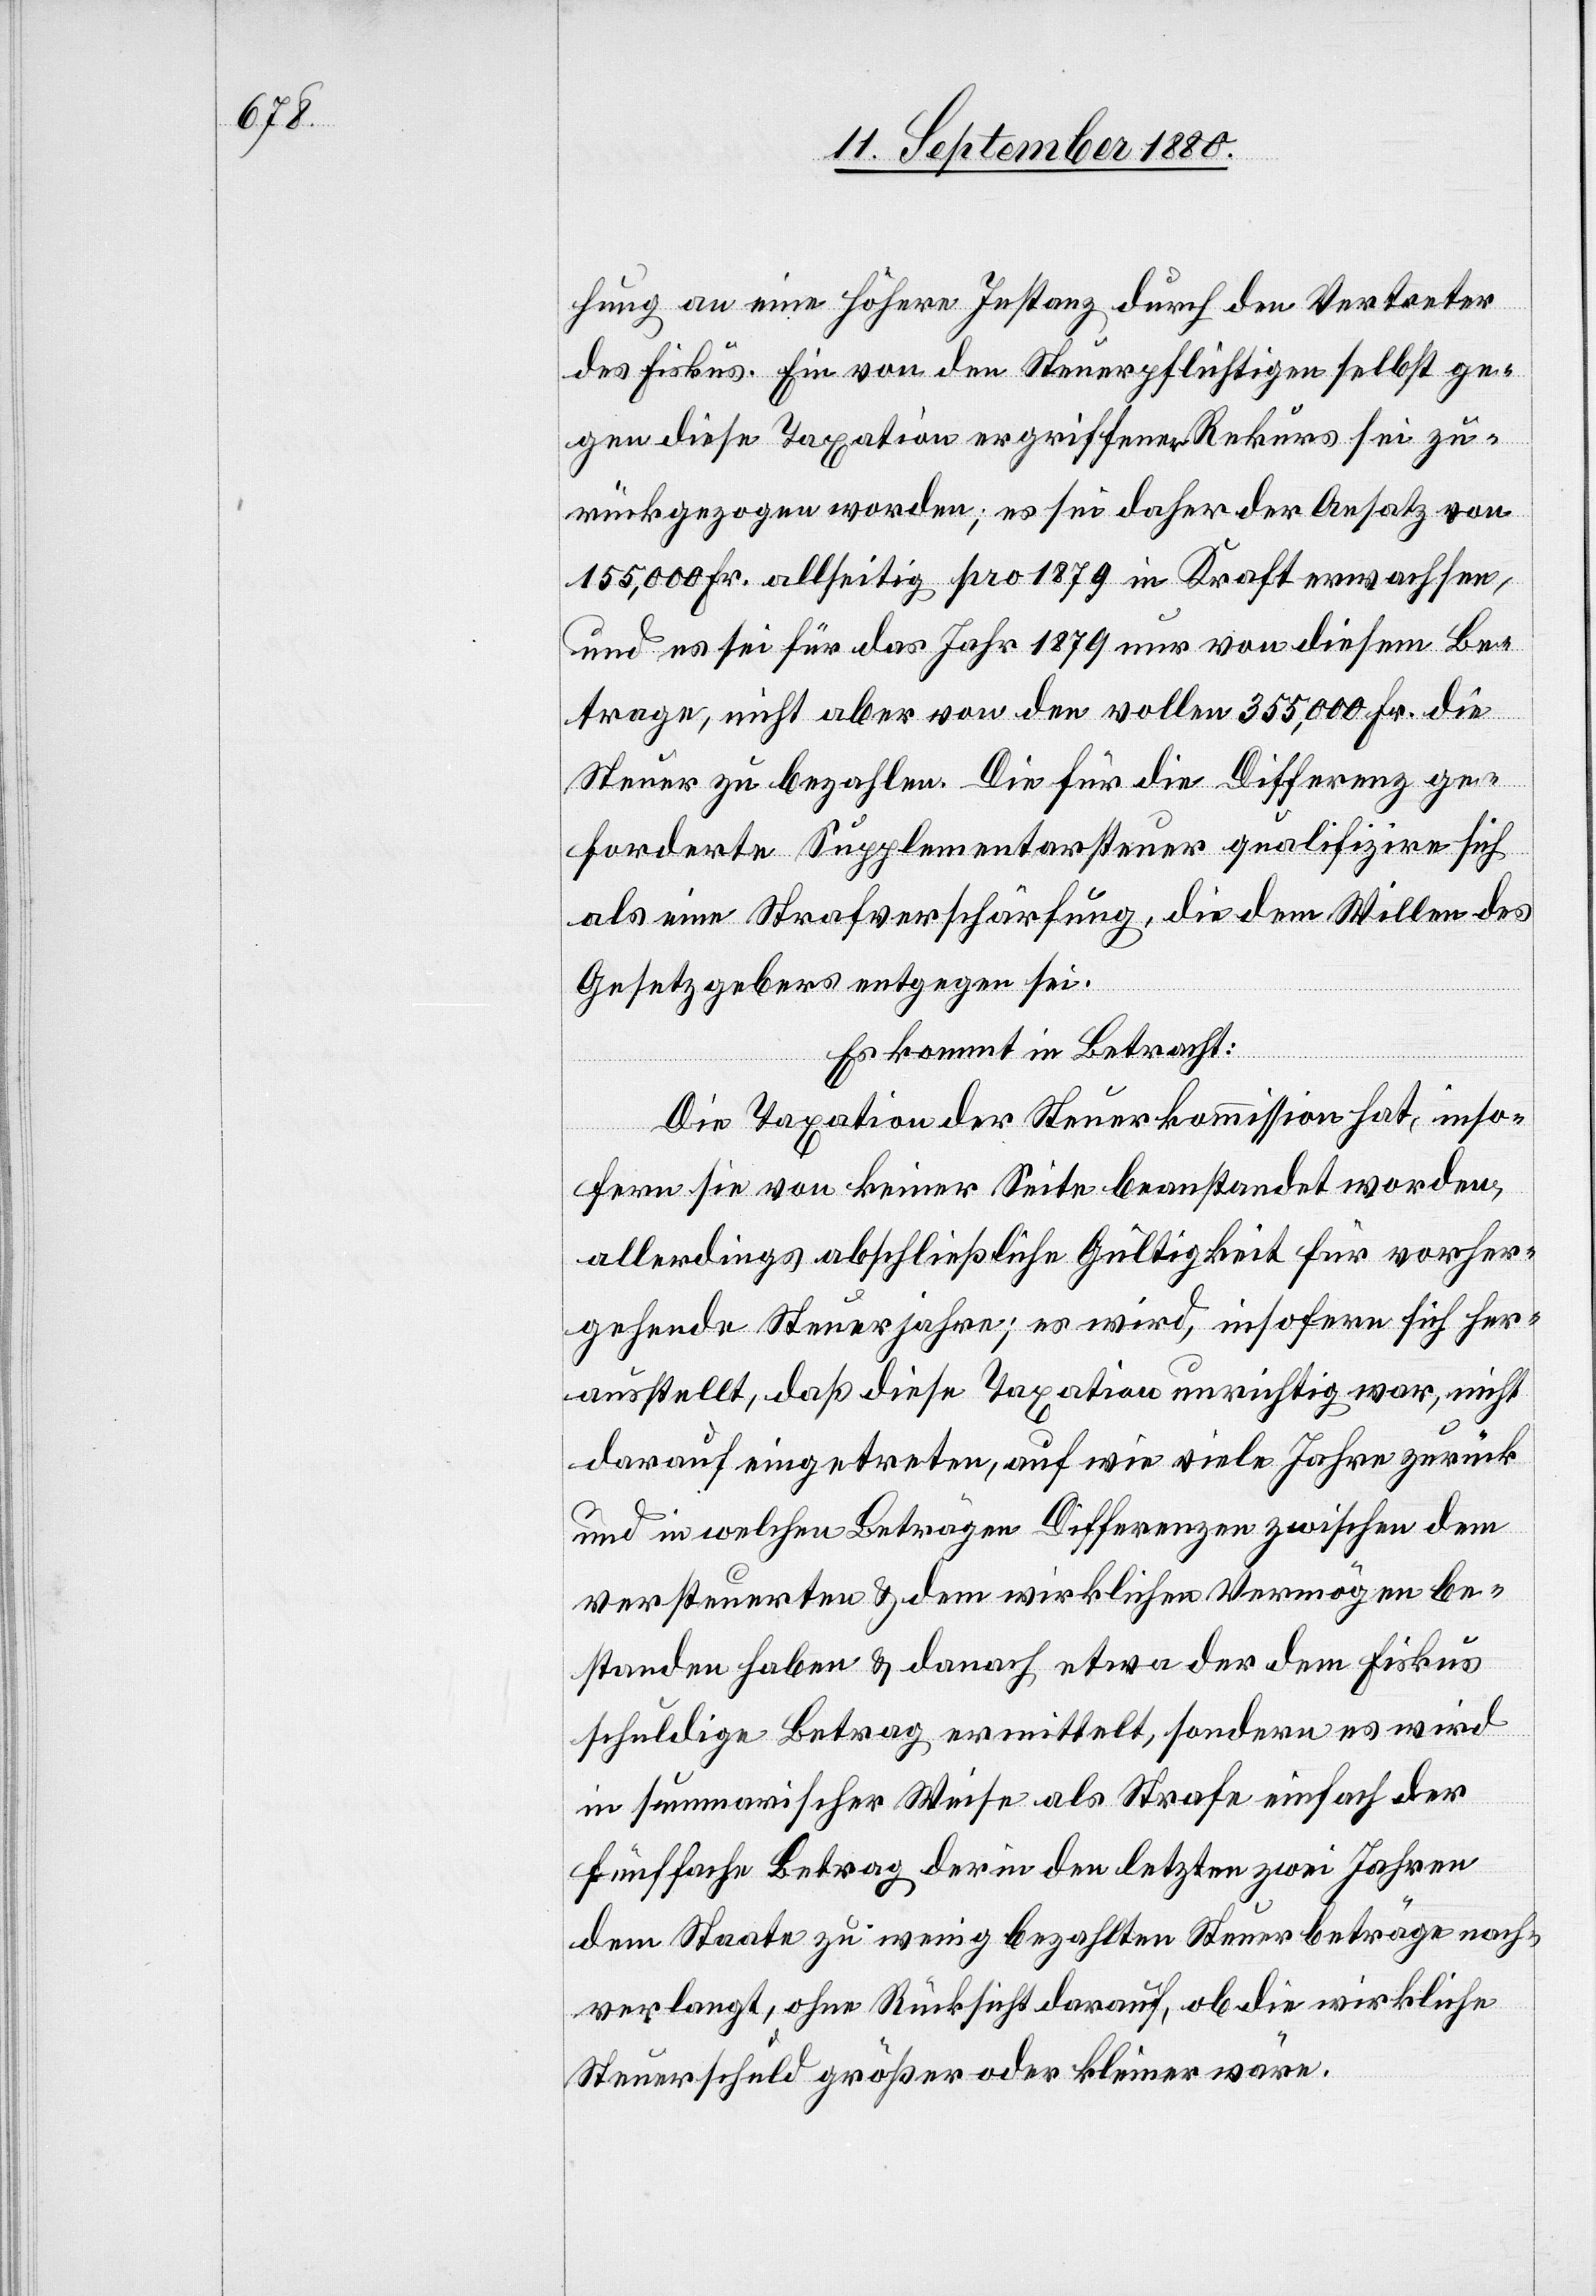
hung an eine höhere Instanz durch den Vertreter
des Fiskus. Ein von den Steuerpflichtigen selbst ge¬
gen diese Taxation ergriffenen Rekurs sei zu¬
rückgezogen worden; es sei daher der Ansatz von
155,000 Fr. allseitig pro 1879 in Kraft erwachsen,
und es sei für das Jahr 1879 nur von diesem Be¬
trage, nicht aber von den vollen 355,000 Fr. die
Steuer zu bezahlen. Die für die Differenz ge¬
forderte Supplementarsteuer qualifizire sich
als eine Strafverschärfung, die dem Willen des
Gesetzgebers entgegen sei.
Es kommt in Betracht:
Die Taxation der Steuerkommission hat, inso¬
fern sie von keiner Seite beanstandet worden,
allerdings abschließliche Gültigkeit für vorher¬
gehende Steuerjahre; es wird, insofern sich her¬
ausstellt, daß diese Taxation unrichtig war, nicht
darauf eingetreten, auf wie viele Jahre zurück
und in welchen Beträgen Differenzen zwischen dem
versteuerten & dem wirklichen Vermögen be¬
standen haben & danach etwa der dem Fiskus
schuldige Betrag ermittelt, sondern es wird
in summarischer Weise als Strafe einfach der
fünffache Betrag der in den letzten zwei Jahren
dem Staate zu wenig bezahlten Steuerbetrage nach¬
verlangt, ohne Rücksicht darauf, ob die wirkliche
Steuerschuld größer oder kleiner wäre.